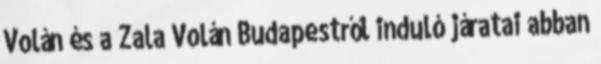
Volán és a Zala Volán Budapestről induló járatai abban